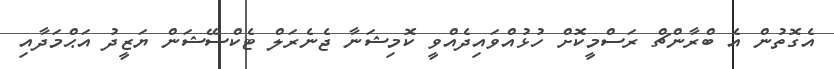
އެގޮތުން އެ ބްރާންޗް ރަސްމީކޮށް ހުޅުއްވައިދެއްވީ ކޮމިޝަނާ ޖެނެރަލް ޓެކްސޭޝަން ޔަޒީދު އަޙްމަދާއި